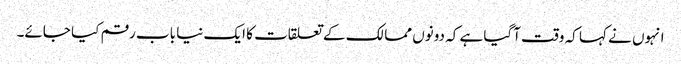
انہوں نے کہا کہ وقت آگیا ہے کہ دونوں ممالک کے تعلقات کا ایک نیا باب رقم کیا جائے۔